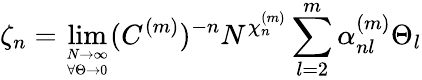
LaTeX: \zeta_{n}=\operatorname*{lim}_{{N\to\infty}\atop{\forall\Theta\rightarrow 0}}(C^{(m)})^{-n}N^{\chi_{n}^{(m)}}\sum_{l=2}^{m}\alpha_{nl}^{(m)}\Theta_{l}